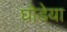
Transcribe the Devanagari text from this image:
घोडेया